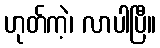
ဟုတ်ကဲ့၊ လာပါပြီ။